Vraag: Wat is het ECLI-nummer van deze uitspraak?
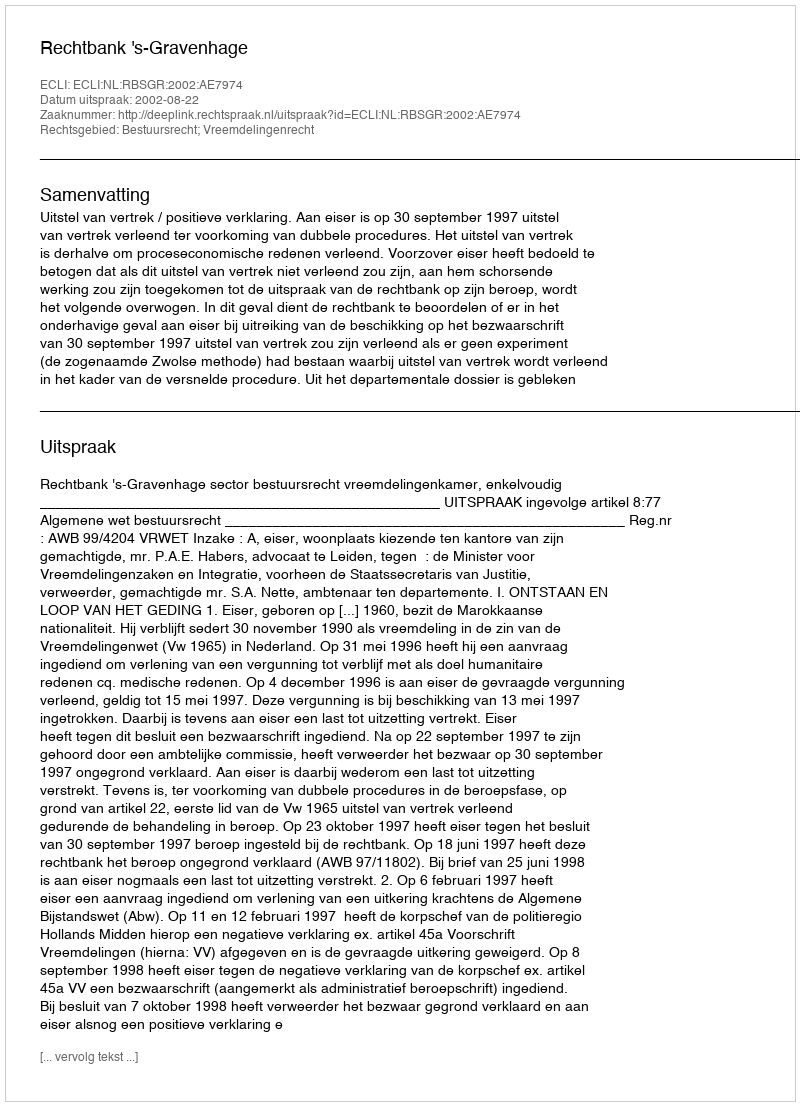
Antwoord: ECLI:NL:RBSGR:2002:AE7974